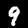
Digit: 9